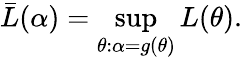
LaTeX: {\bar{L}}(\alpha)=\operatorname*{sup}_{\theta:\alpha=g(\theta)}L(\theta).